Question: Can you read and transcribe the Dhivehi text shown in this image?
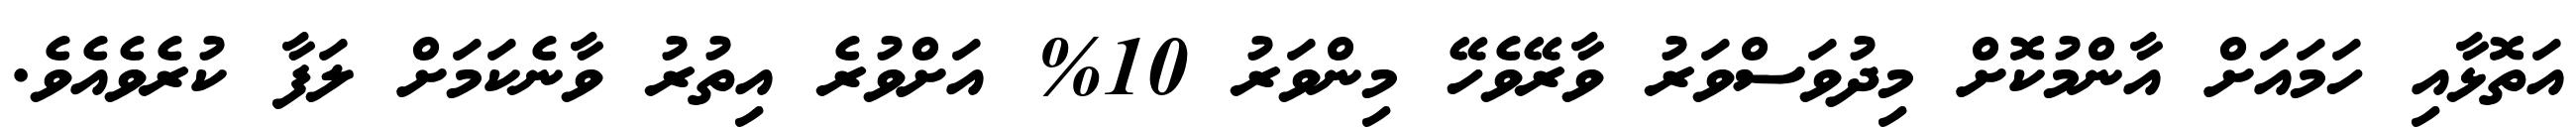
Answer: އަތޮޅާއި ހަމައަށް އާންމުކޮށް މިދުވަސްވަރު ވާރޭވެހޭ މިންވަރު 10% އަށްވުރެ އިތުރު ވާނެކަމަށް ލަފާ ކުރެވެއެވެ.